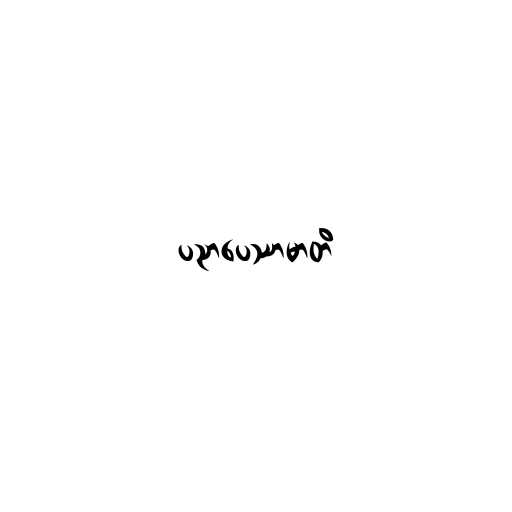
ပညာပေဿာမာတိ